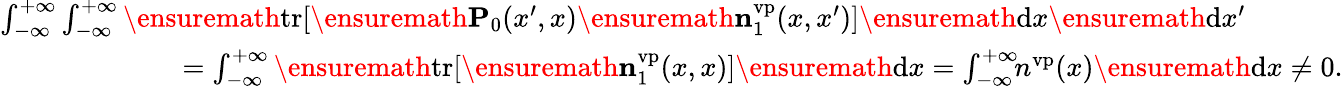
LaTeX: \begin{array}{r}{\int_{-\infty}^{+\infty}\int_{-\infty}^{+\infty}\ensuremath{\mathrm{tr}}[\ensuremath{\mathbf{P}}_{0}(x^{\prime},x)\ensuremath{\mathbf{n}}_{1}^{\mathrm{vp}}(x,x^{\prime})]\ensuremath{\mathrm{d}}x\ensuremath{\mathrm{d}}x^{\prime}\phantom{xxxxxx}}\\ {=\int_{-\infty}^{+\infty}\ensuremath{\mathrm{tr}}[\ensuremath{\mathbf{n}}_{1}^{\mathrm{vp}}(x,x)]\ensuremath{\mathrm{d}}x=\int_{-\infty}^{+\infty}\! \! n^{\mathrm{vp}}(x)\ensuremath{\mathrm{d}}x\neq 0.}\end{array}